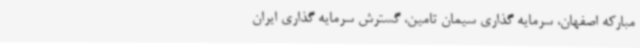
مبارکه اصفهان، سرمایه‌ گذاری سیمان تامین، گسترش سرمایه‌ گذاری ایران